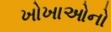
ખોખાઓનો